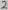
Text: 2